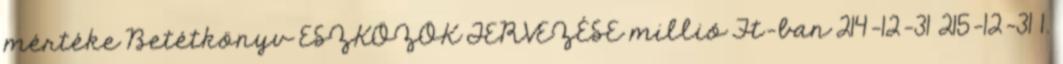
mértéke Betétkönyv ESZKÖZÖK TERVEZÉSE millió Ft-ban 214-12-31 215-12-31 1.